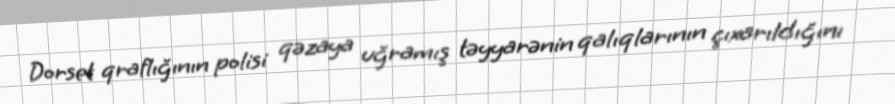
Dorset qraflığının polisi qəzaya uğramış təyyarənin qalıqlarının çıxarıldığını